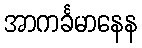
အာကင်္ခမာနေန